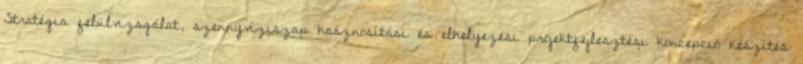
Stratégia felülvizsgálat, szennyvíziszap hasznosítási és elhelyezési projektfejlesztési koncepció készítés